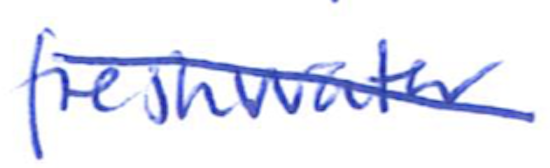
Text: freshwater
Cross-out: diagonal
Writing tool: ballpoint